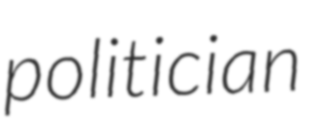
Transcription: politician